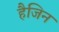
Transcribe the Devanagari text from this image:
हैजिन